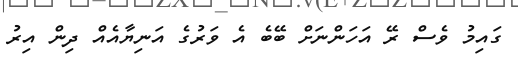
ގައިމު ވެސް ރޭ އަހަންނަށް ބޭބެ އެ ވަރުގެ އަނިޔާއެއް ދިން އިރު